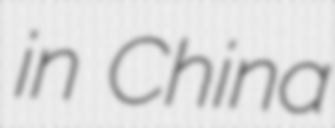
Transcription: in China